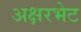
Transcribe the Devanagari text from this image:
अक्षरभेट